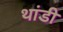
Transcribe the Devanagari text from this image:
थांडी